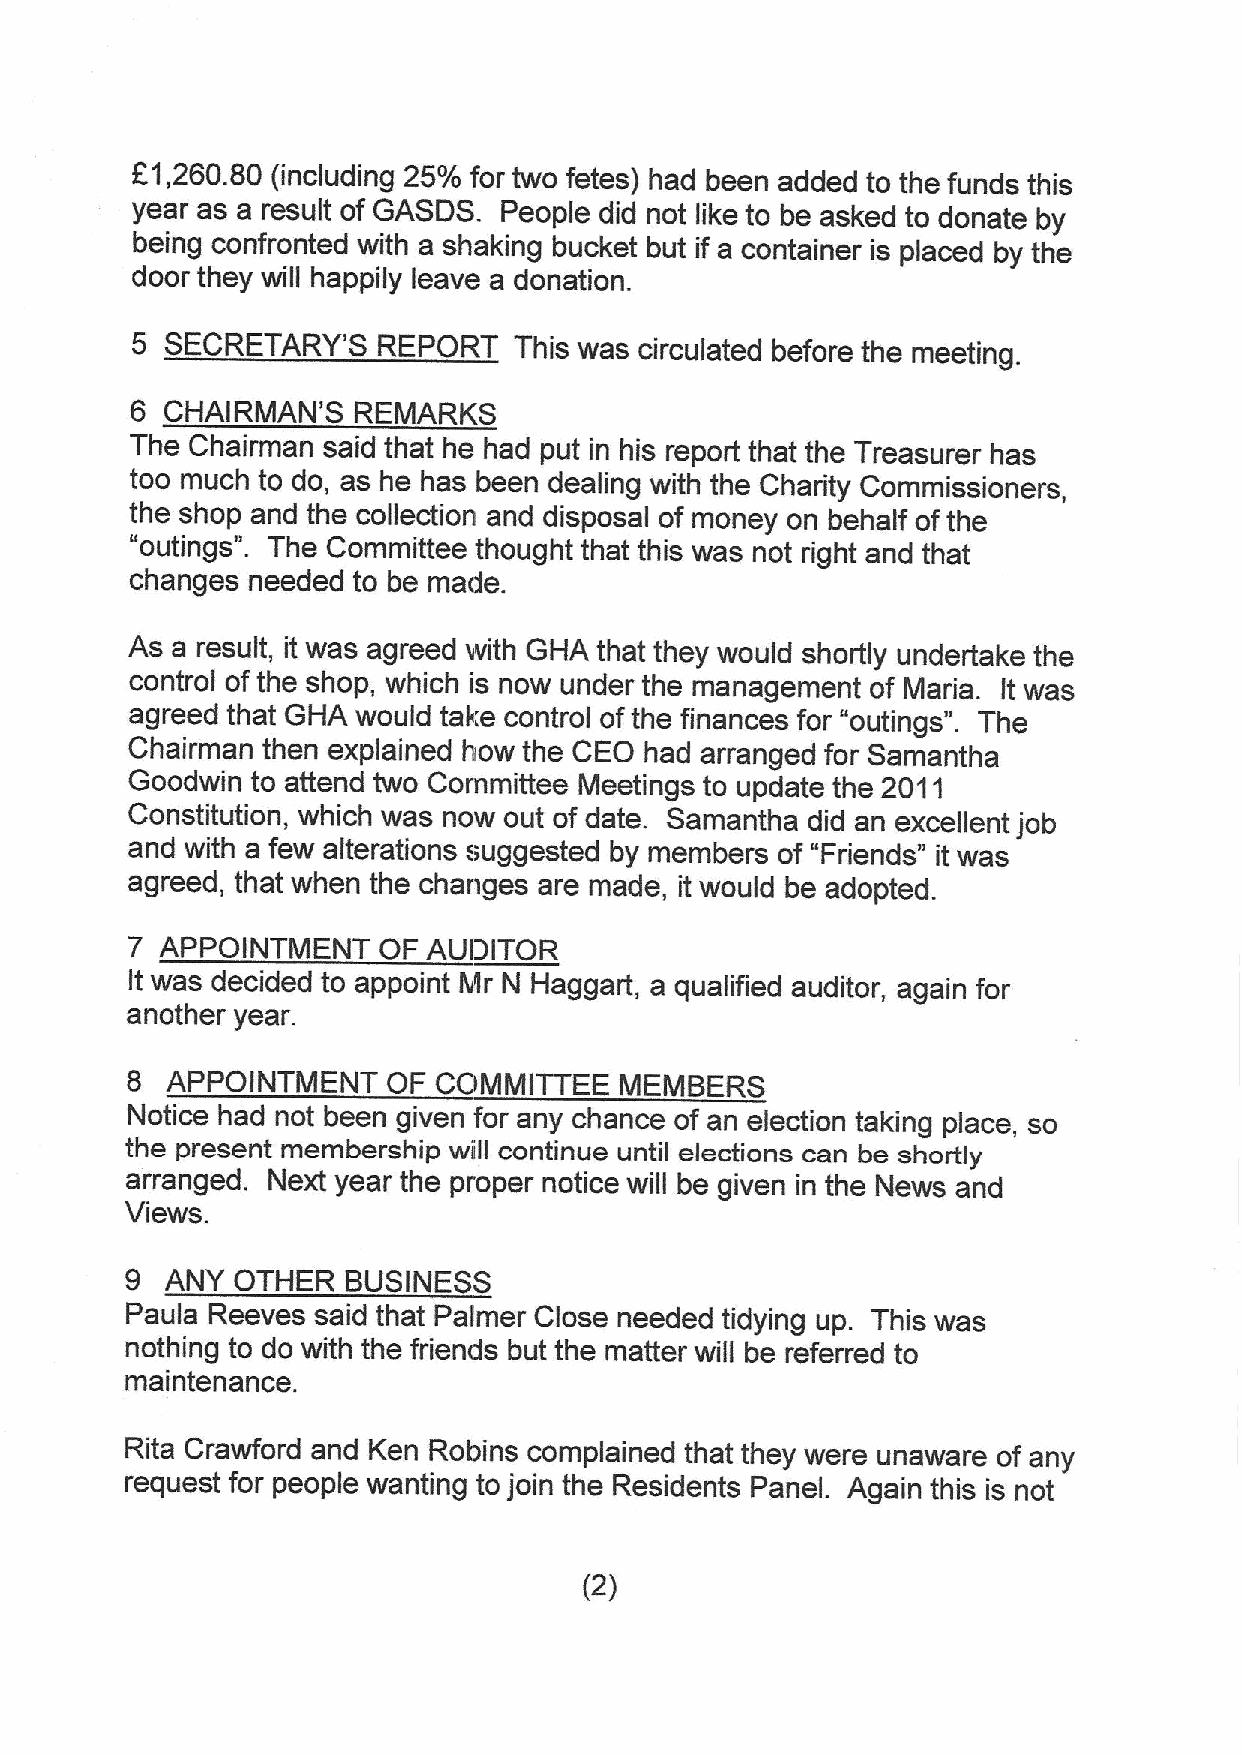
F1,260.80 (including 25'/0 for two fetes) had been added to the funds this
 year as a result of GASDS. People did not like to be asked to donate
 by
 being confronted with a shaking bucket but if a container is placed by the
 door they will happily leave a donation.
 5 SECRETARY'S   REPORT   This was circulated before the meeting.
 6 CHAIRMAN'S  REMARKS
 The Chairman said that he had put in his report that ihe Treasurer has
 ioo much to do, as he has been dealing with the Charity Commissioners,
 the shop and the collection and disposal of money on behalf ofthe
 "outings". The Committee thought that this was not right and that
 changes needed to be made.
 As a result, it was agreed with GHA that they would shortly undertake the
 control ofthe shop, which is now under the management of Maria. It was
 agreed that GHA would take control ofthe finances for "outings". The
 Chairman then explained how the CEO had arranged for Samantha
 Goodwin  to attend two Committee Meetings to update the 2011
 Constitution, which was now out of date. Samantha did an excellent job
 and with a few alterations suggested by members of "Friends*' it was
 agreed, ihat when the changes are made, it would be adopted.
 7  APPOINTMENT   OF AUDITOR
 It was decided to appoint Mr N Haggart, a qualified auditor, again for
 another year.
 8  APPOINTMENT    OF COMMITTEE   MEMBERS
 Notice had not been given for any chance of an election taking place, so
 ihe present membership will continue until elections can be shortly
 arranged. Next year the proper notice will be given in the News and
 Views.
 9  ANY OTHER   BUSINESS
 Paula Reeves said that Palmer Close needed tidying up. This was
 nothing to do with the friends but the matter will be referred to
 maintenance.
 Rita Crawford and Ken Robins complained that they were unaware of any
 request for people wanting to join the Residents Panel. Again this is not